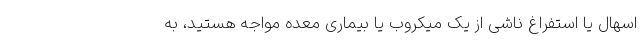
اسهال یا استفراغ ناشی از یک میکروب یا بیماری معده مواجه هستید، به